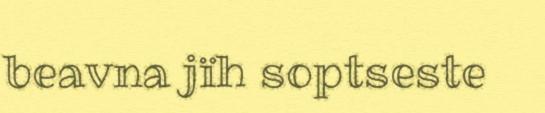
beavna jïh soptseste